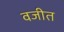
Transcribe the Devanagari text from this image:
वजीत